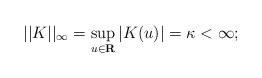
\begin{align*}||K||_{\infty }=\sup_{u\in {\bf R}}\left| K(u)\right| =\kappa <\infty ;\end{align*}